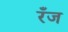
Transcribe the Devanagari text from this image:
रँज